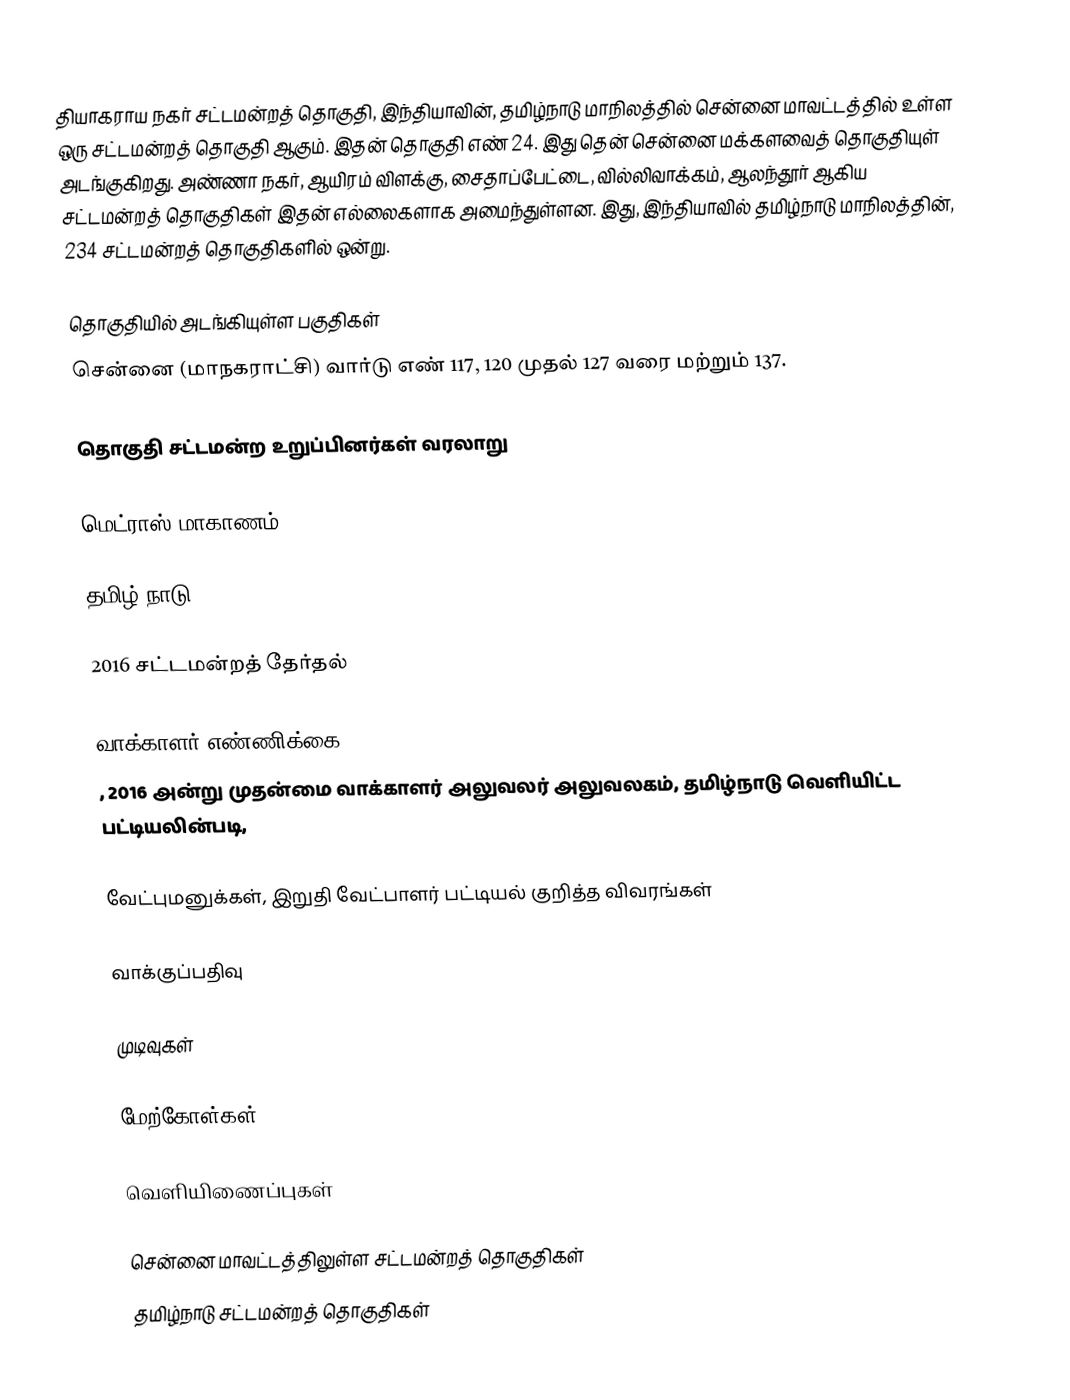
தியாகராய நகர் சட்டமன்றத் தொகுதி, இந்தியாவின், தமிழ்நாடு மாநிலத்தில்  சென்னை மாவட்டத்தில் உள்ள ஒரு சட்டமன்றத் தொகுதி ஆகும். இதன் தொகுதி எண் 24. இது தென் சென்னை மக்களவைத் தொகுதியுள் அடங்குகிறது. அண்ணா நகர், ஆயிரம் விளக்கு, சைதாப்பேட்டை, வில்லிவாக்கம், ஆலந்தூர் ஆகிய சட்டமன்றத் தொகுதிகள் இதன் எல்லைகளாக அமைந்துள்ளன. இது, இந்தியாவில் தமிழ்நாடு மாநிலத்தின், 234 சட்டமன்றத் தொகுதிகளில் ஒன்று.

தொகுதியில் அடங்கியுள்ள பகுதிகள்
சென்னை (மாநகராட்சி) வார்டு எண் 117, 120 முதல் 127 வரை மற்றும் 137.

தொகுதி சட்டமன்ற உறுப்பினர்கள் வரலாறு

மெட்ராஸ் மாகாணம்

தமிழ் நாடு

2016 சட்டமன்றத் தேர்தல்

வாக்காளர் எண்ணிக்கை
, 2016 அன்று முதன்மை வாக்காளர் அலுவலர் அலுவலகம், தமிழ்நாடு வெளியிட்ட பட்டியலின்படி,

வேட்புமனுக்கள், இறுதி வேட்பாளர் பட்டியல் குறித்த விவரங்கள்

வாக்குப்பதிவு

முடிவுகள்

மேற்கோள்கள்

வெளியிணைப்புகள்

சென்னை மாவட்டத்திலுள்ள சட்டமன்றத் தொகுதிகள்
தமிழ்நாடு சட்டமன்றத் தொகுதிகள்